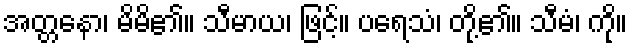
အတ္တနော၊ မိမိ၏။ သီမာယ၊ ဖြင့်။ ပရေသံ၊ တို့၏။ သီမံ၊ ကို။